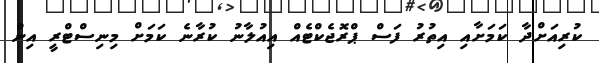
ކުރިއަށްދާ ކަމަށާއި އިތުރު ފަސް ޕްރޮޖެކްޓެއް އިއުލާނު ކުރާނެ ކަމަށް މިނިސްޓްރީ އިން